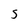
Character: S